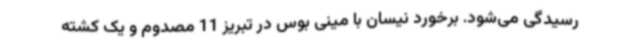
رسیدگی می‌شود. برخورد نیسان با مینی بوس در تبریز 11 مصدوم و یک کشته